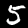
Digit: 5